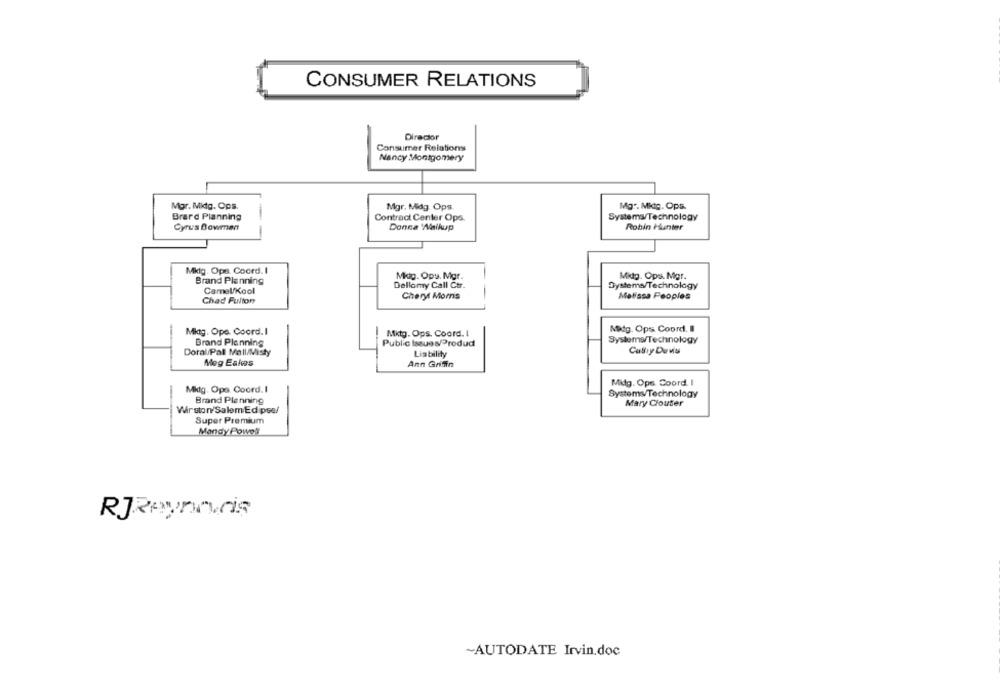
CONSUMER RELATIONS
Director
Consumer Relations
Nancy Montgomery
Mgr. Mitg. Ops.
Mgr. Midg Ops.
Mgr. Mktg. Ops.
Brard Planning
Contract Center Ops.
Systems/Technology
Cyrus Bowman
Donca 'Aikup
Robin Hunter
Mklg. Ops. Coord. I
Miog. Ops. Mgr.
Midtg. Ops. Mgr.
Brand Planning
Dellomy Call Ctr.
Camel/Kool
Systems/Technology
Cheryl Moms
Melissa Peoples
Chad Fulton
Mktg. Ope. Coord. I
Mktg. Ops. Coord. I
Mitg. Ops Coord. Il
Brand Planning
Public Issues/Produd
Systems/Technology
Doral/Pall Mall/Misty
Liability
Cathy Duwa
Mog Eakes
Ann Griffin
Mitg. Ops. Coord. I
Mitg. Ope Coord. I
Systems/Technology
Brand Planning
Mary Ciouter
Wirston/Salem Edipse/
Super Premium
Mandy Powes
RJReynoris
~AUTODATE Irvin.doc